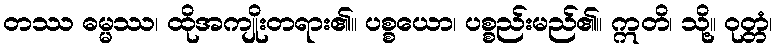
တဿ ဓမ္မဿ၊ ထိုအကျိုးတရား၏။ ပစ္စယော၊ ပစ္စည်းမည်၏။ ဣတိ၊ သို့။ ဝုတ္တံ၊